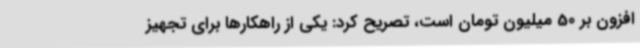
افزون بر 50 میلیون تومان است، تصریح کرد: یکی از راهکارها برای تجهیز